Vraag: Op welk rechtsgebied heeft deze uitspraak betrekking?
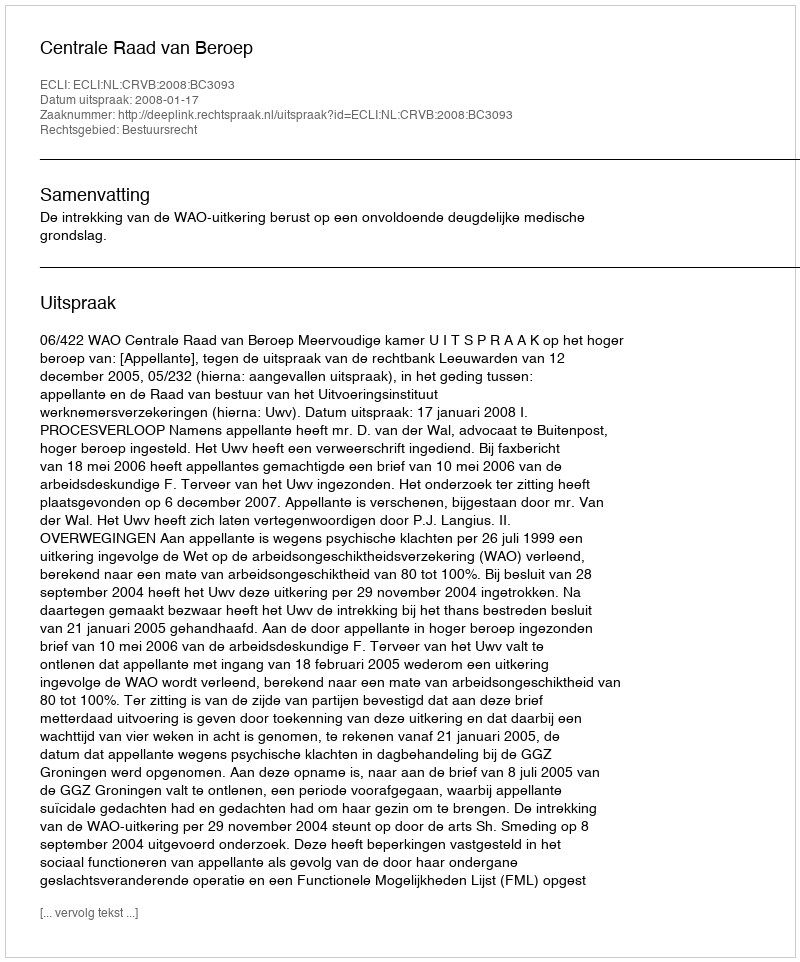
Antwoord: Bestuursrecht